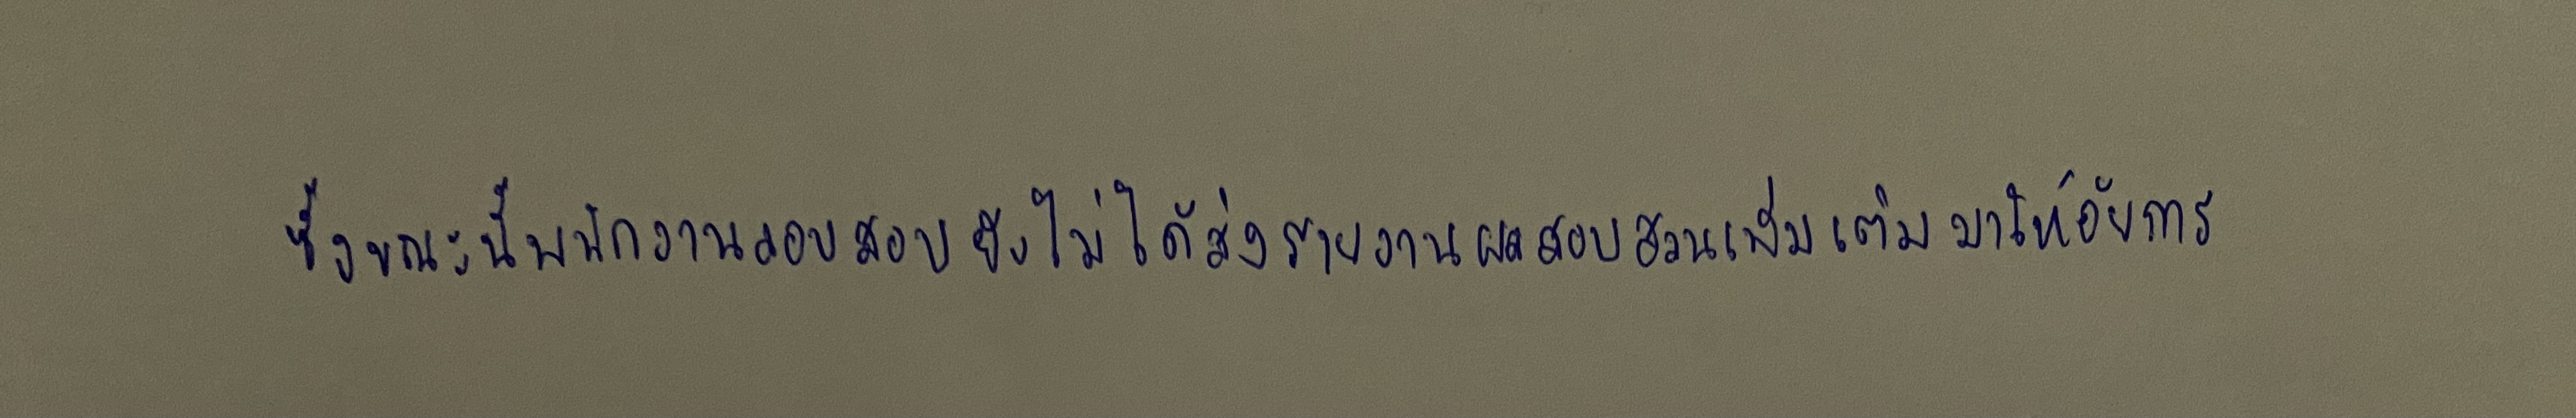
ซึ่งขณะนี้พนักงานสอบสวนยังไม่ได้ส่งรายงานผลสอบสวนเพิ่มเติมมาให้อัยการ